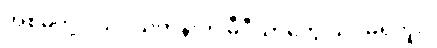
အစ်မတို့ ငယ်ငယ်တုန်းက မီဒီယာတွေ သိပ်မရှိဘူး။